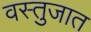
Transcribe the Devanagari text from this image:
वस्तुजात